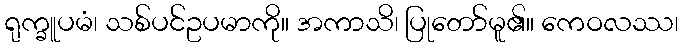
ရုက္ခူပမံ၊ သစ်ပင်ဥပမာကို။ အကာသိ၊ ပြုတော်မူ၏။ ကေဝလဿ၊